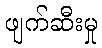
ဖျက်ဆီးမှု